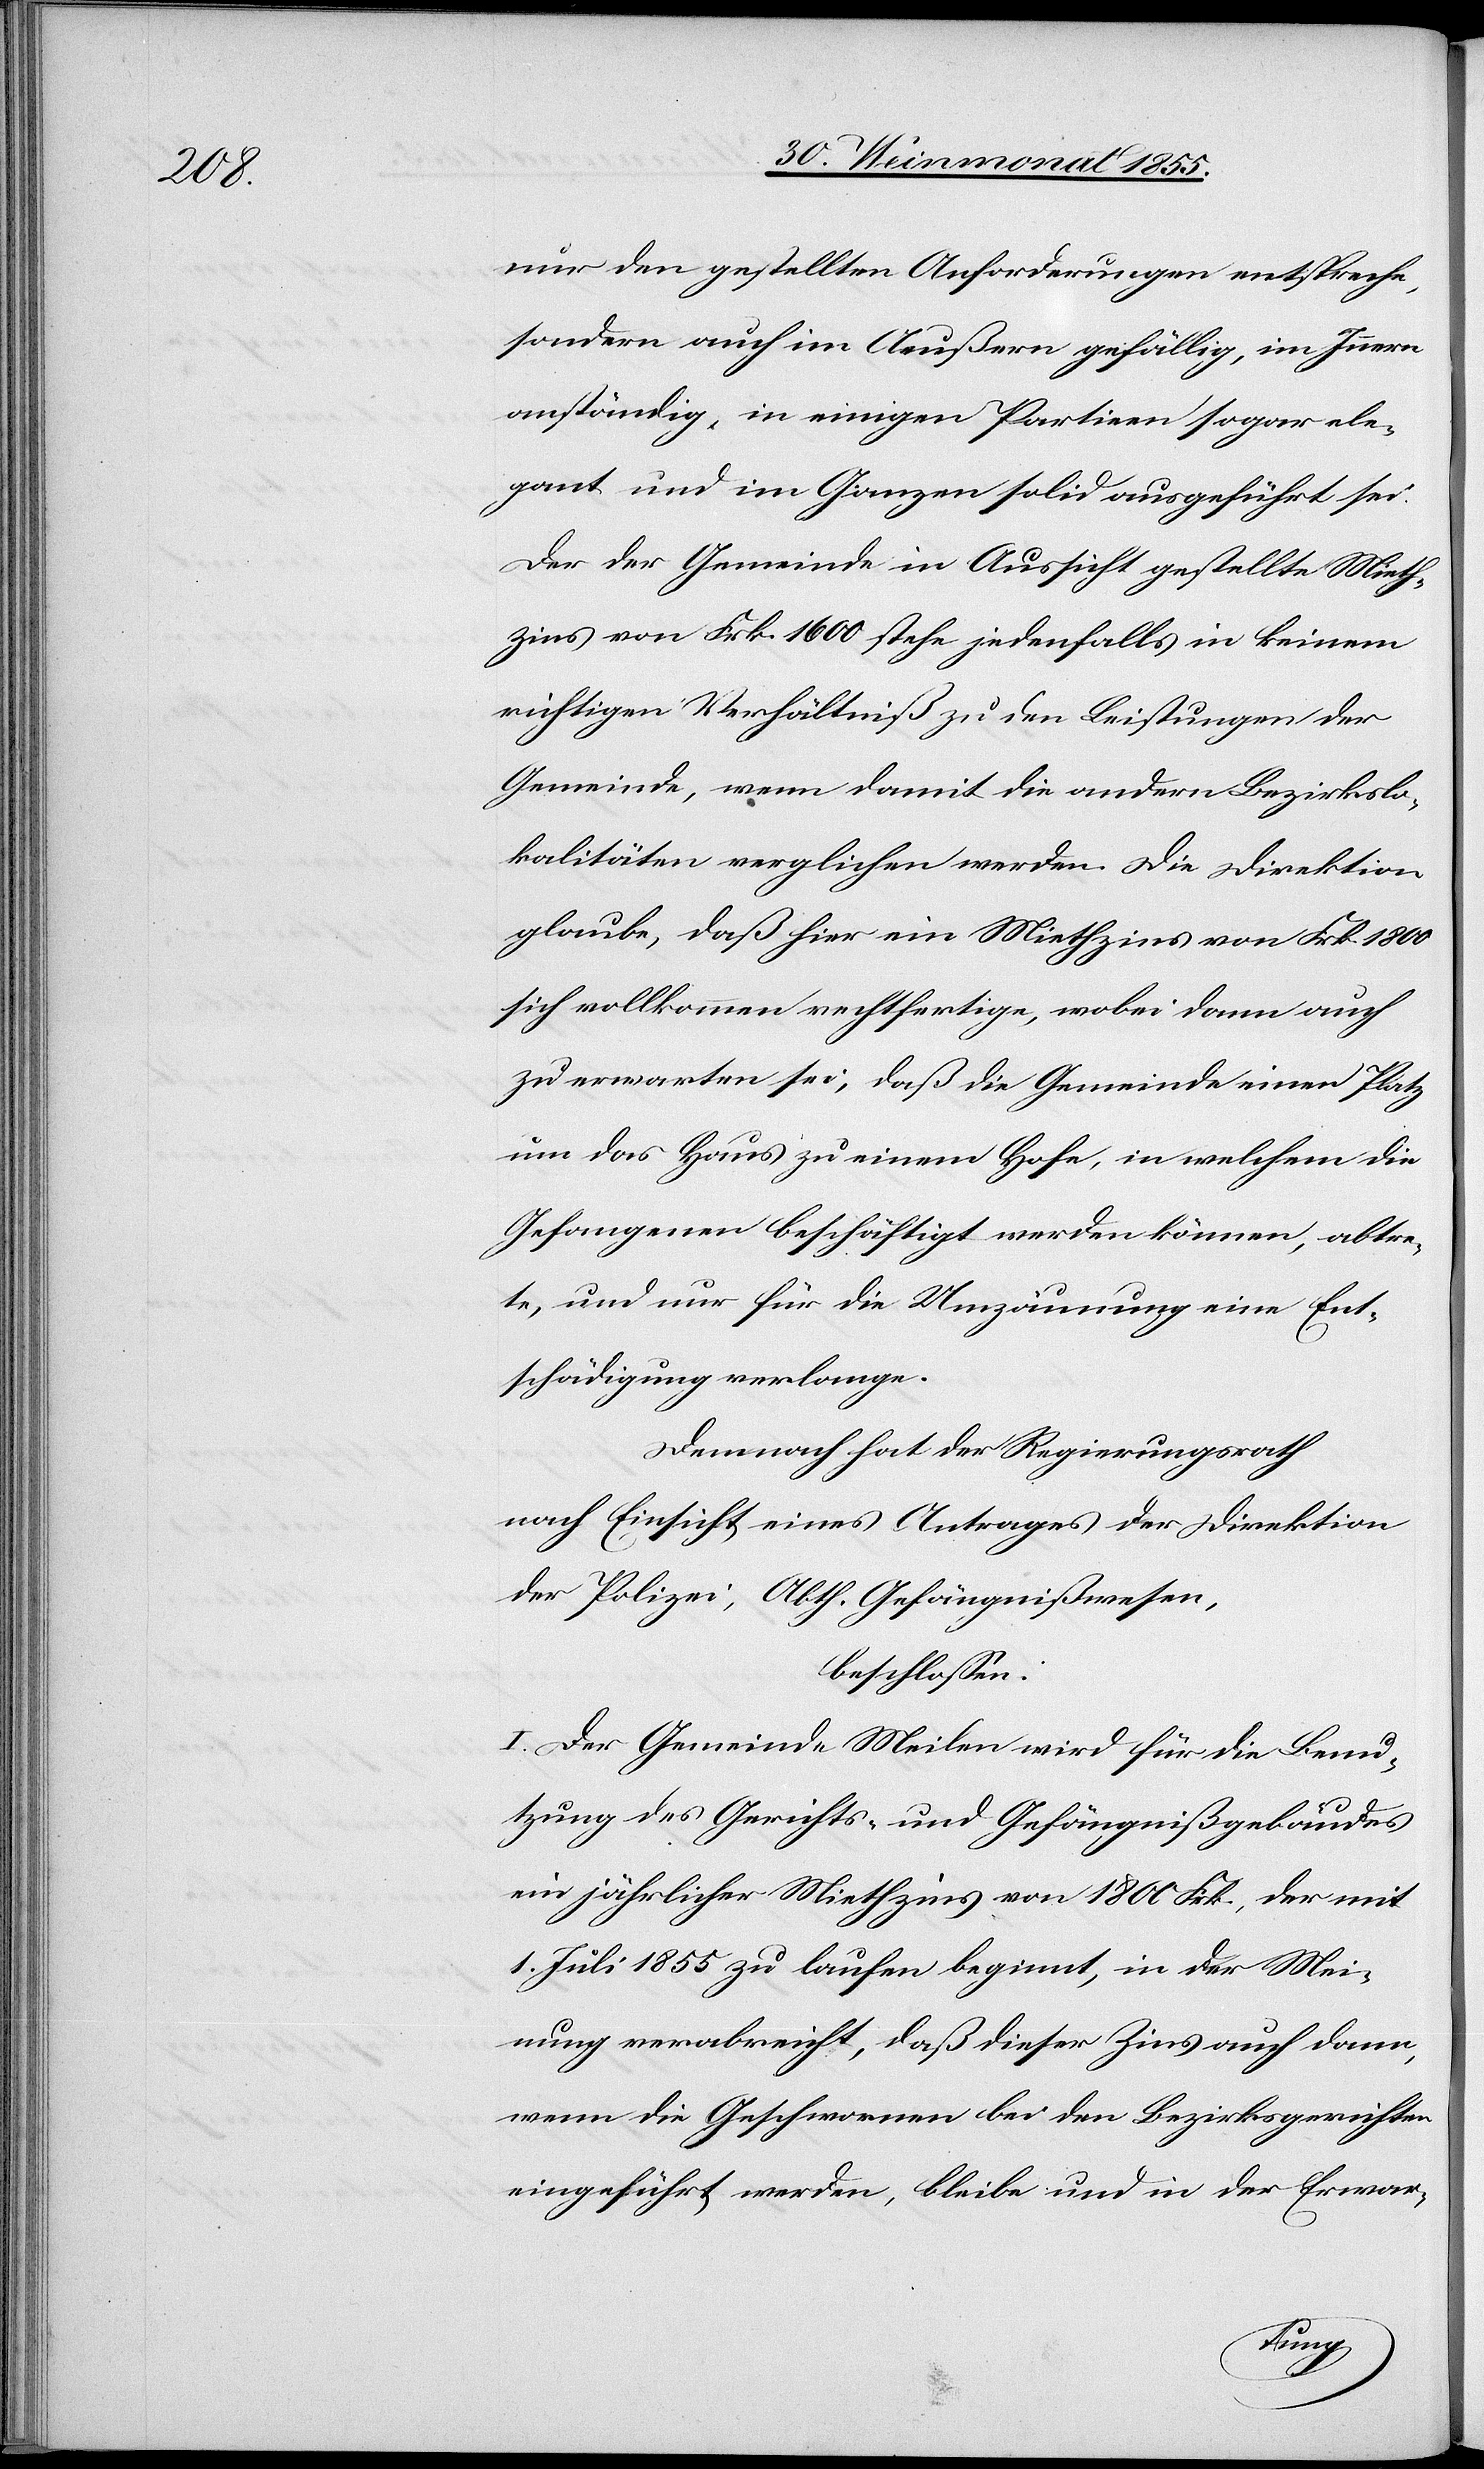
nur den gestellten Anforderungen entspreche,
sondern auch im Aeußern gefällig, im Innern
anständig, in einigen Partieen sogar ele¬
gant und im Ganzen solid ausgeführt sei.
Der der Gemeinde in Aussicht gestellte Mieth¬
zins von Frk. 1600 stehe jedenfalls in keinem
richtigen Verhältniß zu den Leistungen der
Gemeinde, wenn damit die andern Bezirkslo¬
kalitäten verglichen werden. Die Direktion
glaube, daß hier ein Miethzins von Frk. 1800
sich vollkommen rechtfertige, wobei dann auch
zu erwarten sei, daß die Gemeinde einen Platz
um das Haus zu einem Hofe, in welchem die
Gefangenen beschäftigt werden können, abtre¬
te, und nur für die Umzäunung eine Ent¬
schädigung verlange.
Demnach hat der Regierungsrath
nach Einsicht eines Antrages der Direktion
der Polizei, Abth. Gefängnißwesen,
beschlossen:
I. Der Gemeinde Meilen wird für die Benu¬
tzung des Gerichts- und Gefängnißgebäudes
ein jährlicher Miethzins von 1800 Frk., der mit
1. Juli 1855 zu laufen beginnt, in der Mei¬
nung verabreicht, daß dieser Zins auch dann,
wenn die Geschwornen bei den Bezirksgerichten
eingeführt werden, bleibe und in der Erwar-